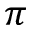
\pi